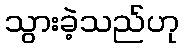
သွားခဲ့သည်ဟု